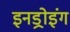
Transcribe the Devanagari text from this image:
इनड्रोइंग